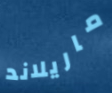
ماريلاند